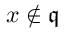
x \not \in { \mathfrak { q } }